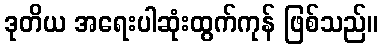
ဒုတိယ အရေးပါဆုံးထွက်ကုန် ဖြစ်သည်။